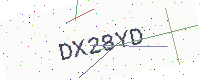
Text: DX28YD